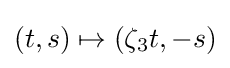
(t,s)\mapsto (\zeta _{3}t,-s)